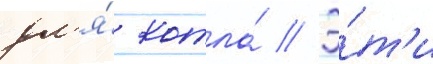
дл'я́ котла́ // Э́т'и